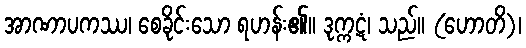
အာဏာပကဿ၊ စေခိုင်းသော ရဟန်း၏။ ဒုက္ကဋံ၊ သည်။ (ဟောတိ)၊